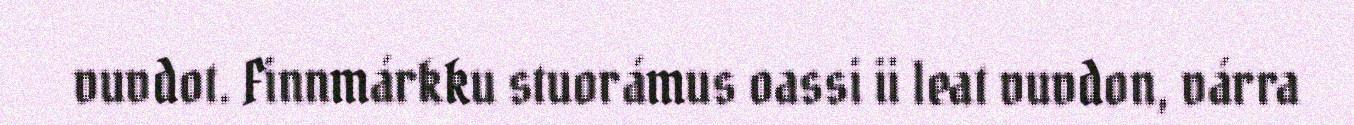
vuvdot. Finnmárkku stuorámus oassi ii leat vuvdon, várra